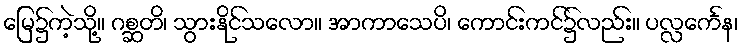
မြေ၌ကဲ့သို့။ ဂစ္ဆတိ၊ သွားနိုင်သလော။ အာကာသေပိ၊ ကောင်းကင်၌လည်း။ ပလ္လင်္ကေန၊